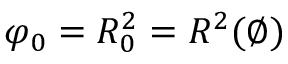
\varphi _ { 0 } = R _ { 0 } ^ { 2 } = R ^ { 2 } ( \emptyset )